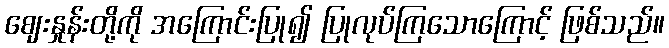
ဈေးနှုန်းတို့ကို အကြောင်းပြု၍ ပြုလုပ်ကြသောကြောင့် ဖြစ်သည်။